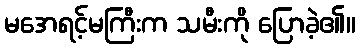
မအေရင့်မကြီးက သမီးကို ပြောခဲ့၏။